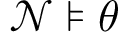
{ \mathcal { N } } \models \theta \qquad